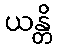
ယန္တိ